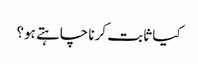
کیا ثابت کرنا چاہتے ہو؟